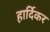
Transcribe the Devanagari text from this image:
हार्दिकर